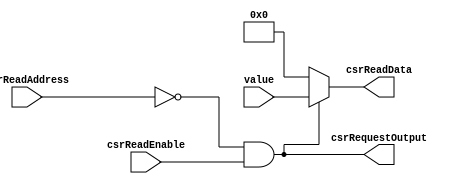
`default_nettype none

module CSR_ReadRegister #(
		parameter ADDRESS = 12'h000
	)(
		// CSR interface
		input wire csrReadEnable,
		input wire[11:0] csrReadAddress,
		output wire[31:0] csrReadData,
		output wire csrRequestOutput,

		// System interface
		input wire[31:0] value
	);

	wire csrReadEnabled = csrReadAddress == ADDRESS;

	assign csrReadData = csrReadEnabled && csrReadEnable ? value : 32'b0;
	assign csrRequestOutput = csrReadEnabled && csrReadEnable;

endmodule